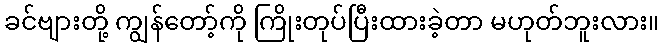
ခင်ဗျားတို့ ကျွန်တော့်ကို ကြိုးတုပ်ပြီးထားခဲ့တာ မဟုတ်ဘူးလား။